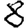
Digit: 8